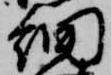
細